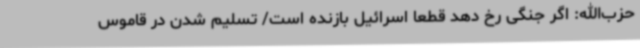
حزب‌الله: اگر جنگی رخ دهد قطعا اسرائیل بازنده است/ تسلیم شدن در قاموس